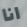
انا